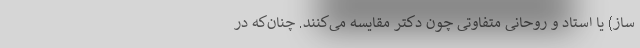
ساز) یا استاد و روحانی متفاوتی چون دکتر مقایسه می‌کنند. چنان‌که در